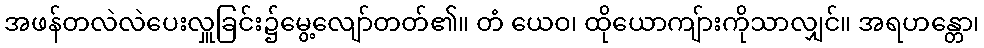
အဖန်တလဲလဲပေးလှူခြင်း၌မွေ့လျော်တတ်၏။ တံ ယေဝ၊ ထိုယောကျ်ားကိုသာလျှင်။ အရဟန္တော၊